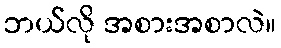
ဘယ်လို အစားအစာလဲ။